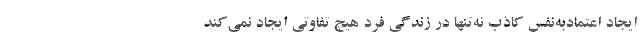
ایجاد اعتمادبه‌نفس کاذب نه‌تنها در زندگی فرد هیچ تفاوتی ایجاد نمی‌کند